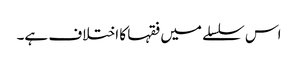
اس سلسلے میں فقہا کا اختلاف ہے۔